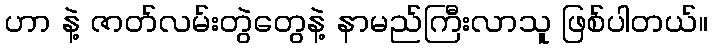
ဟာ နဲ့ ဇာတ်လမ်းတွဲတွေနဲ့ နာမည်ကြီးလာသူ ဖြစ်ပါတယ်။